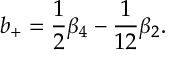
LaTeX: b _ { + } = \frac 1 2 \beta _ { 4 } - \frac 1 { 1 2 } \beta _ { 2 } .